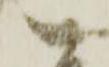
尉